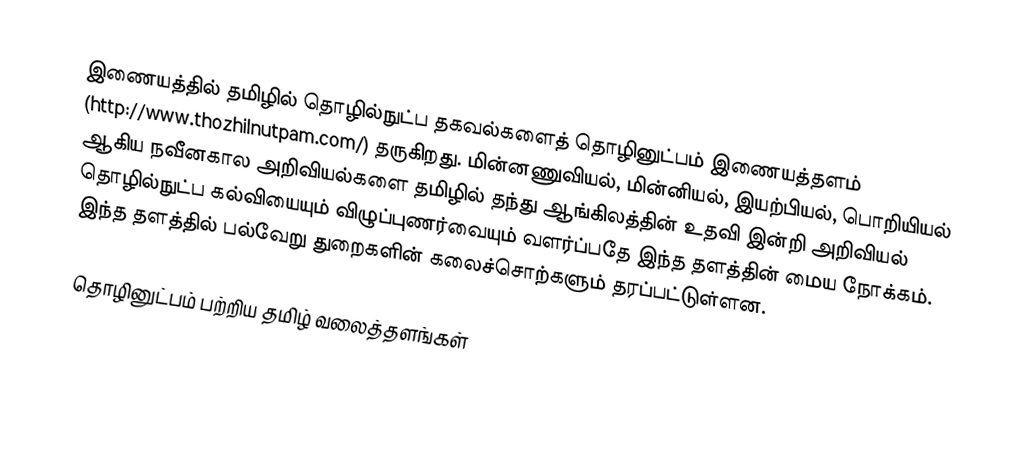
இணையத்தில் தமிழில் தொழில்நுட்ப தகவல்களைத் தொழினுட்பம் இணையத்தளம் (http://www.thozhilnutpam.com/) தருகிறது.  மின்னணுவியல், மின்னியல், இயற்பியல், பொறியியல் ஆகிய நவீனகால அறிவியல்களை தமிழில் தந்து ஆங்கிலத்தின் உதவி இன்றி அறிவியல் தொழில்நுட்ப கல்வியையும் விழுப்புணர்வையும் வளர்ப்பதே இந்த தளத்தின் மைய நோக்கம்.  இந்த தளத்தில் பல்வேறு துறைகளின் கலைச்சொற்களும் தரப்பட்டுள்ளன.

தொழினுட்பம் பற்றிய தமிழ் வலைத்தளங்கள்